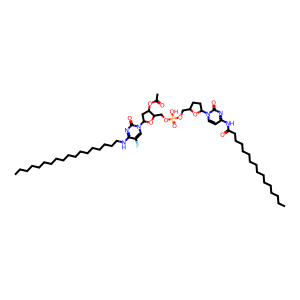
SMILES: CCCCCCCCCCCCCCCCCCNc1nc(=O)n(C2CC(OC(C)=O)C(COP(=O)(O)OCC3CCC(n4ccc(NC(=O)CCCCCCCCCCCCCCC)nc4=O)O3)O2)cc1F
Inhibits HIV replication: Yes